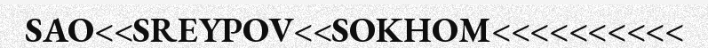
SAO<<SREYPOV<<SOKHOM<<<<<<<<<<